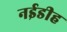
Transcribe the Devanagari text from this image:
नईडीह